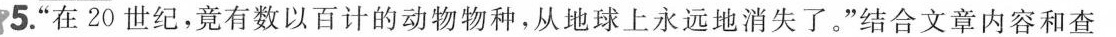
5.“在20世纪，竟有数以百计的动物物种，从地球上永远地消失了。”结合文章内容和查